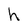
Character: h